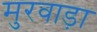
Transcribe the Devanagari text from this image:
मुरवाड़ा